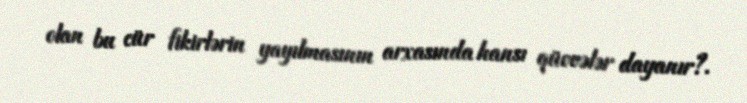
olan bu cür fikirlərin yayılmasının arxasında hansı qüvvələr dayanır?.